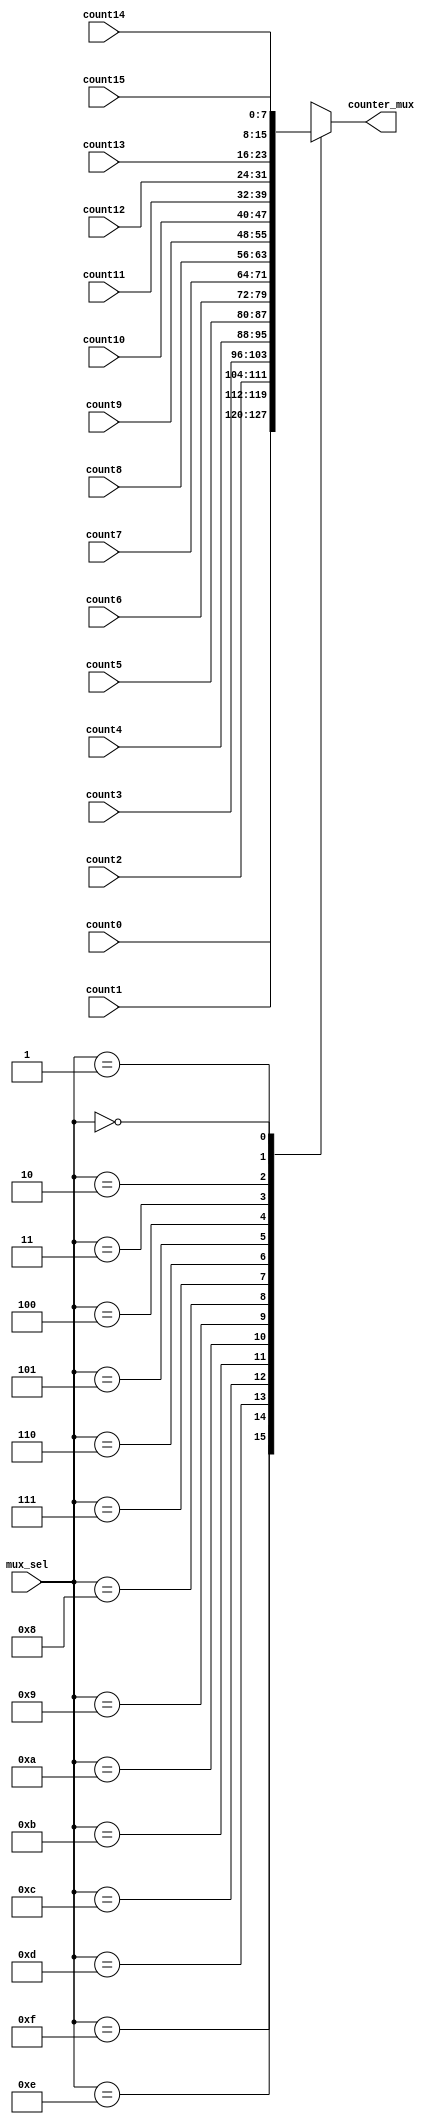
`timescale 1ns / 1ps
//////////////////////////////////////////////////////////////////////////////////
// Company: 
// Engineer: 
// 
// Design Name: 
// Module Name:    counter_mux 
// Project Name: 
// Target Devices: 
// Tool versions: 
// Description: 
//
// Dependencies: 
//
// Revision: 
// Revision 0.01 - File Created
// Additional Comments: 
//
//////////////////////////////////////////////////////////////////////////////////
module counter_mux(
		input [7:0] count0,count1,count2, count3,count4, count5, count6, count7, count8, count9, count10, count11, count12, count13, count14, count15,
		input [3:0] mux_sel,
		output reg [7:0] counter_mux
    );
	always @*
		case(mux_sel)
			4'd15: counter_mux <= count0;
			4'd14: counter_mux <= count1;
			4'd13: counter_mux <= count2;
			4'd12: counter_mux <= count3;
			4'd11: counter_mux <= count4;
			4'd10: counter_mux <= count5;
			4'd9: counter_mux <= count6;
			4'd8: counter_mux <= count7;
			4'd7: counter_mux <= count8;
			4'd6: counter_mux <= count9;
			4'd5: counter_mux <= count10;
			4'd4: counter_mux <= count11;
			4'd3: counter_mux <= count12;
			4'd2: counter_mux <= count13;
			4'd1: counter_mux <= count14;
			4'd0: counter_mux <= count15;
			
		endcase

endmodule